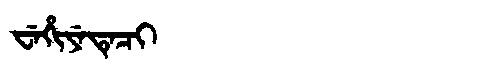
Manchu: ᠸᡝᡥᡳᠶᡝᡨᡝᠴᡳ
Romanization: WEHIYETECI